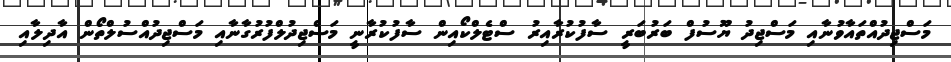
މަސްޖިދުއްތައާވުނާއި މަސްޖިދު ޔޫސުފް ބަރުބަރީ ސާފުކުރާއިރު ސްޓެލްކޯއިން ސާފުކުރާނީ މަސްޖިދުލްފުރުގާނާއި މަސްޖިދުއްސުލްތޯން އާދިލާއި